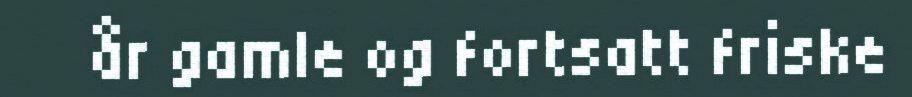
år gamle og fortsatt friske